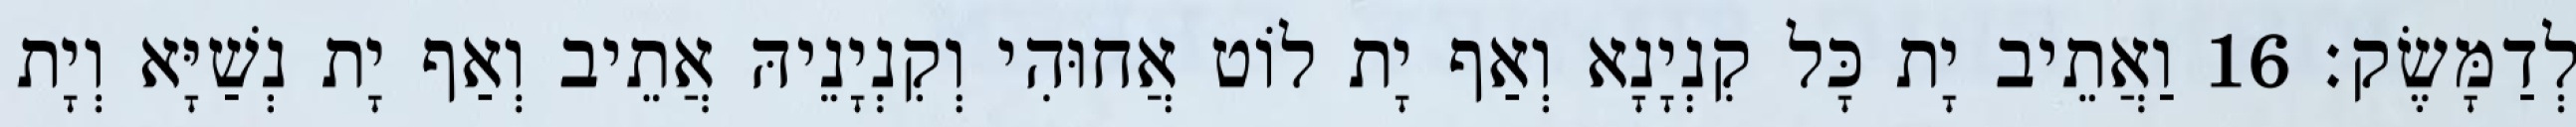
לְדַמָּשֶׂק׃ 16 וַאֲתֵיב יָת כָּל קִנְיָנָא וְאַף יָת לוֹט אֲחוּהִי וְקִנְיָנֵיהּ אֲתֵיב וְאַף יָת נְשַׁיָּא וְיָת